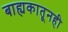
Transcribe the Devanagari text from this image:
बाह्यकातूनही